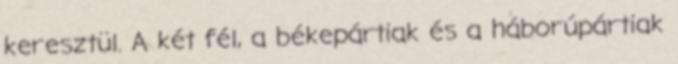
keresztül. A két fél, a békepártiak és a háborúpártiak